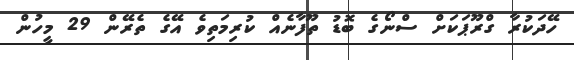
ހޭދަކުރާ ގްރޫޕަކަށް ސްނޯގެ ބޮޑު ތޫފާނެއް ކުރިމަތިވެ އޭގެ ތެރޭން 29 މީހުން